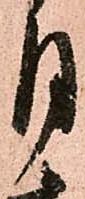
月